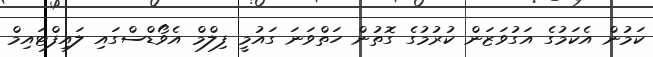
ކަމުން އެކަމުގެ އަގުވަޒަން ކުރުމުގެ ގޮތުން ހަތްވަނަ ގައުމީ ފިލްމް އެވޯޑްސްގައި ލައިފްޓައިމް